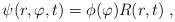
LaTeX: \begin{align*}\psi(r,\varphi,t)=\phi(\varphi)R(r,t)\;,\end{align*}